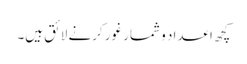
کچھ اعداد و شمار غور کرنے لائق ہیں۔